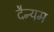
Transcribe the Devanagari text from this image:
दैन्यम